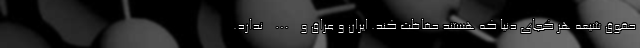
حقوق شیعه هر کجای دنیا که هستند حفاظت کند. ایران و عراق و … ندارد.